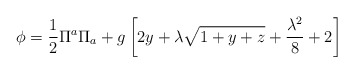
\begin{align*}\phi=\frac{1}{2}\Pi^a\Pi_a+g\left[2y+\lambda\sqrt{1+y+z}+\frac{\lambda^2}{8}+2\right]\end{align*}